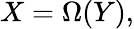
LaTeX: X=\Omega(Y),